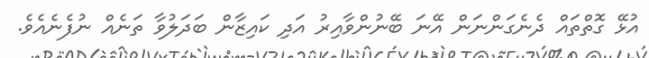
އުޅޭ ގޮތްތައް ދެނެގަންނަން އޭނަ ބޭނުންވާއިރު އަދި ކައިޒާން ބަދަލުވާ ތަނެއް ނުފެނެއެވެ.